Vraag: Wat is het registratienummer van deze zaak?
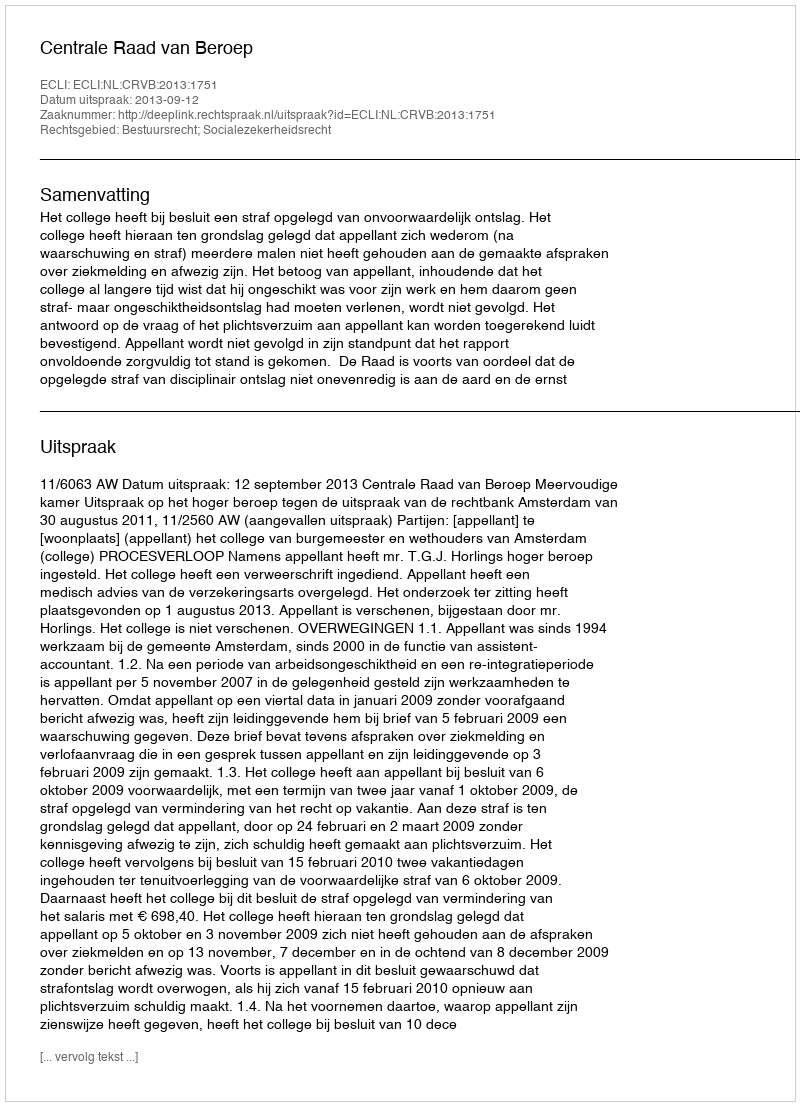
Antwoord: http://deeplink.rechtspraak.nl/uitspraak?id=ECLI:NL:CRVB:2013:1751